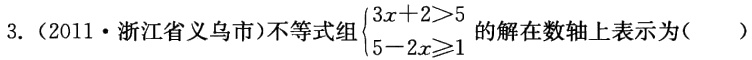
3.（2011·浙江省义乌市）不等式组\(\begin{cases}3x + 2>5 \\ 5 - 2x\geqslant1\end{cases}\)的解在数轴上表示为( )